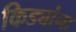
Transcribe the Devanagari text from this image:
किड्यांना